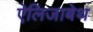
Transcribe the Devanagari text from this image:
ऐलिजाबेथ